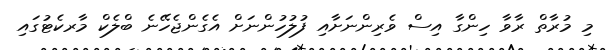
މި މުރާތް ރާވާ ހިންގާ އިސް ވެރިންނަށާއި ފުލުހުންނަށް އެގެންޖެހޭނެ ބްލެކް މާރކެޓުގައި